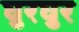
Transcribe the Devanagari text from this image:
घुरघुर